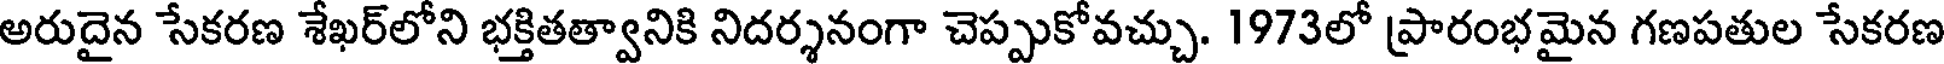
అరుదైన సేకరణ శేఖర్లోని భక్తితత్వానికి నిదర్శనంగా చెప్పుకోవచ్చు. 1973లో ప్రారంభమైన గణపతుల సేకరణ